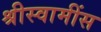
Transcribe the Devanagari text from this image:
श्रीस्वामींस